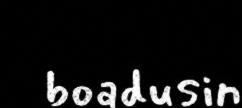
boadusin